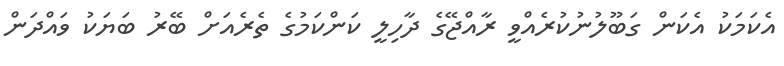
އެކަމަކު އެކަން ގަބޫލުނުކުރެއްވީ ރާއްޖޭގެ ދާހިލީ ކަންކަމުގެ ތެރެއަށް ބޭރު ބަޔަކު ވައްދަން